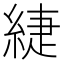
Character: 緁